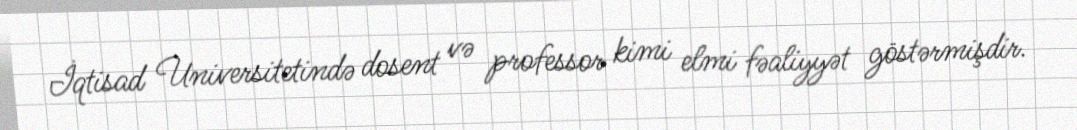
İqtisad Universitetində dosent və professor kimi elmi fəaliyyət göstərmişdir.